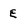
Character: E